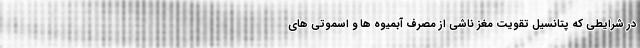
در شرایطی که پتانسیل تقویت مغز ناشی از مصرف آبمیوه ها و اسموتی های